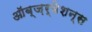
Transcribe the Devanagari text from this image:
ऑब्ज़र्वेशन्स